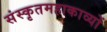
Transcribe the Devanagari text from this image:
संस्कृतमहाकाव्यों